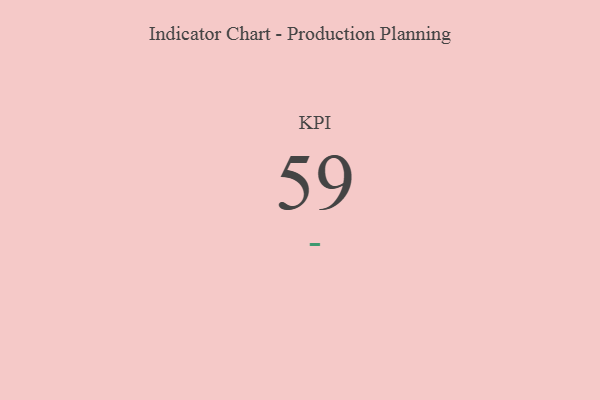
{"axis": {"x": "KPI", "y": "Value"}, "legend": [""], "data": [{"x": "KPI", "y": 59, "type": ""}]}